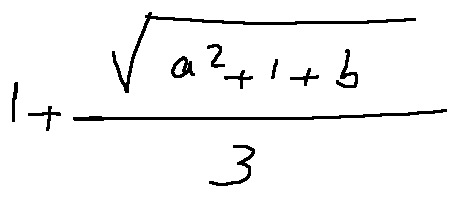
1 + \frac { \sqrt { a ^ { 2 } + 1 + b } } { 3 }